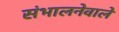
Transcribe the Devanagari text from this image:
संभालनेवाले